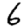
Digit: 6